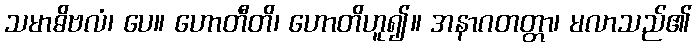
သမာဓိဗလံ၊ ပေ။ ဟောတီတိ၊ ဟောတိဟူ၍။ အနာဂတတ္တာ၊ မလာသည်၏